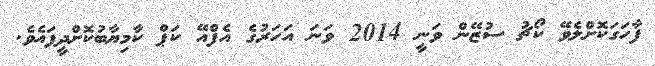
ފާހަގަކޮށްލެވޭ ކޯޗު ސުޒޭން ވަނީ 2014 ވަނަ އަހަރުގެ އެފްއޭ ކަޕް ކާމިޔާބުކޮށްދީފައެވެ.